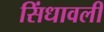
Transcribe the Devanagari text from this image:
सिंधावली